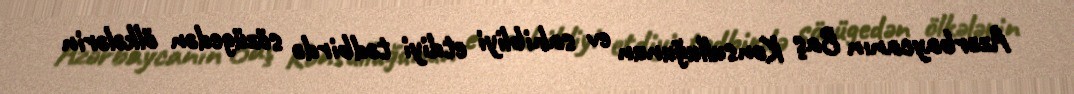
Azərbaycanın Baş Konsulluğunun ev sahibliyi etdiyi tədbirdə sözügedən ölkələrin